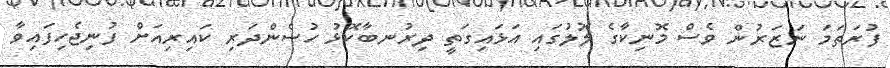
ފުރަތަމަ ނަޒަރުން ވެސް މޮނިކާގެ ލޮލުގައި އަޅައިގަތީ ދިރުނބާކޮޅު ހުސެންދަރި ކައިރިއަށް ފުނިޖެހިފައިވާ